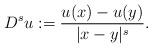
LaTeX: \begin{align*} D^su:=\dfrac{u(x)-u(y)}{|x-y|^s}. \end{align*}